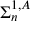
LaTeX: \Sigma _ { n } ^ { 1 , A }